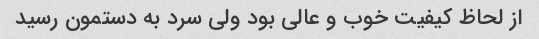
از لحاظ کیفیت خوب و عالی بود ولی سرد به دستمون رسید